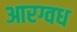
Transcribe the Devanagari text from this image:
आरग्वध